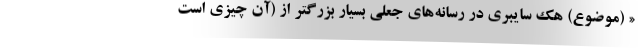
« (موضوع) هک سایبری در رسانه‌های جعلی بسیار بزرگتر از (آن چیزی است